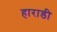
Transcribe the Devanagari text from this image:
हाराडी